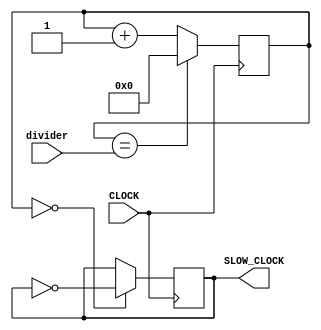
`timescale 1ns / 1ps
//////////////////////////////////////////////////////////////////////////////////
// Company: 
// Engineer: 
// 
// Design Name: 
// Module Name: flexible_clock
// Project Name: 
// Target Devices: 
// Tool Versions: 
// Description: 
// 
// Dependencies: 
// 
// Revision:
// Revision 0.01 - File Created
// Additional Comments:
// 
//////////////////////////////////////////////////////////////////////////////////


module flexible_clock(input CLOCK,input [31:0] divider,output reg SLOW_CLOCK = 0);

    reg [31:0] COUNT = 32'b0000;
    always @ (posedge CLOCK)
    begin
    COUNT <= ( COUNT == divider) ? 0 : COUNT + 1;
    SLOW_CLOCK <= (COUNT == 32'b0000)? ~SLOW_CLOCK : SLOW_CLOCK;
    end
    
endmodule